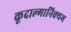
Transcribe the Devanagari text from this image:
कूदाल्मानिक्यम